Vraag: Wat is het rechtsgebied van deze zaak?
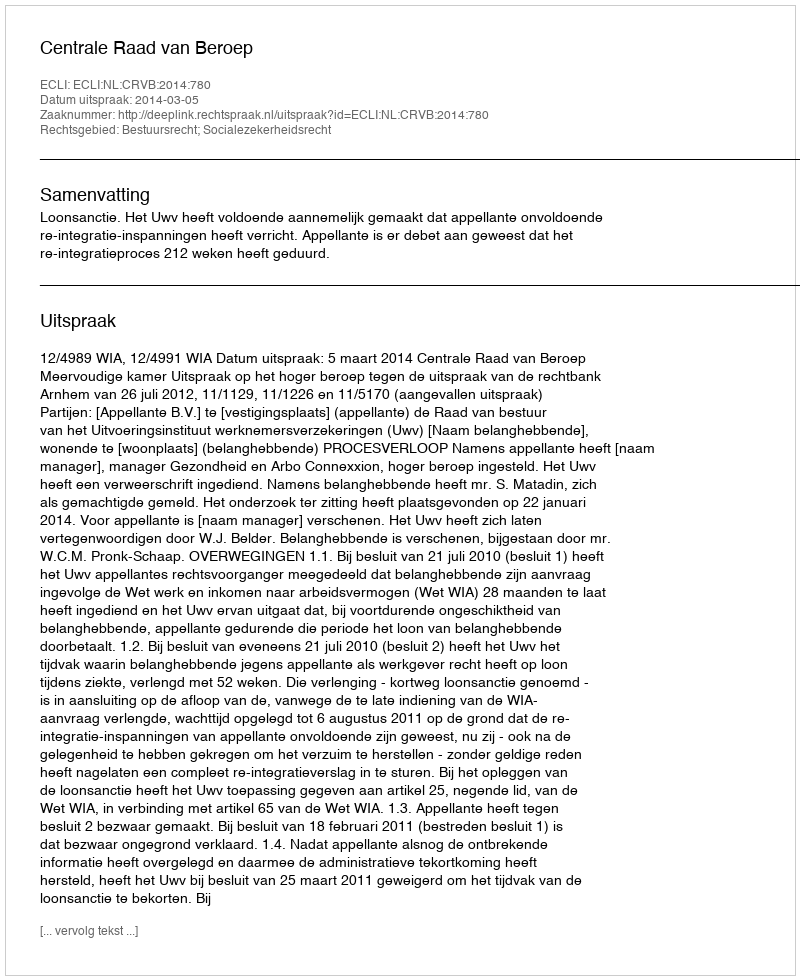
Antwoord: Bestuursrecht; Socialezekerheidsrecht